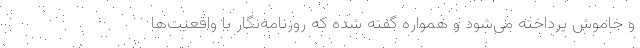
و خاموش پرداخته می‌شود و همواره گفته شده که روزنامه‌نگار با واقعیت‌ها